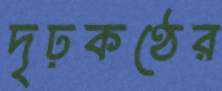
দৃঢ়কণ্ঠের